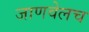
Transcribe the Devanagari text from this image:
जाणवेलच